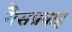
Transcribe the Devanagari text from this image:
गैसप्रवाह